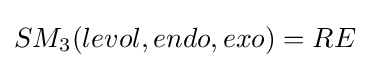
SM_{3}(levol,endo,exo)=RE